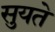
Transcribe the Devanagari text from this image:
सुयते